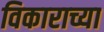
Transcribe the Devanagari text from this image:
विकाराच्या